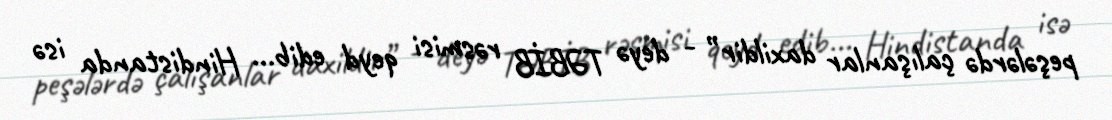
peşələrdə çalışanlar daxildir” - deyə TƏBİB rəsmisi qeyd edib... Hindistanda isə